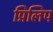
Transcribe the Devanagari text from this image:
प्रिलिप